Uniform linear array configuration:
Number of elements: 24
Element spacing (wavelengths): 0.75
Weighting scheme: binomial
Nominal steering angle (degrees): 30
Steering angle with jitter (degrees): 29.604
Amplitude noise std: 0.05
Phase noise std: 0.05

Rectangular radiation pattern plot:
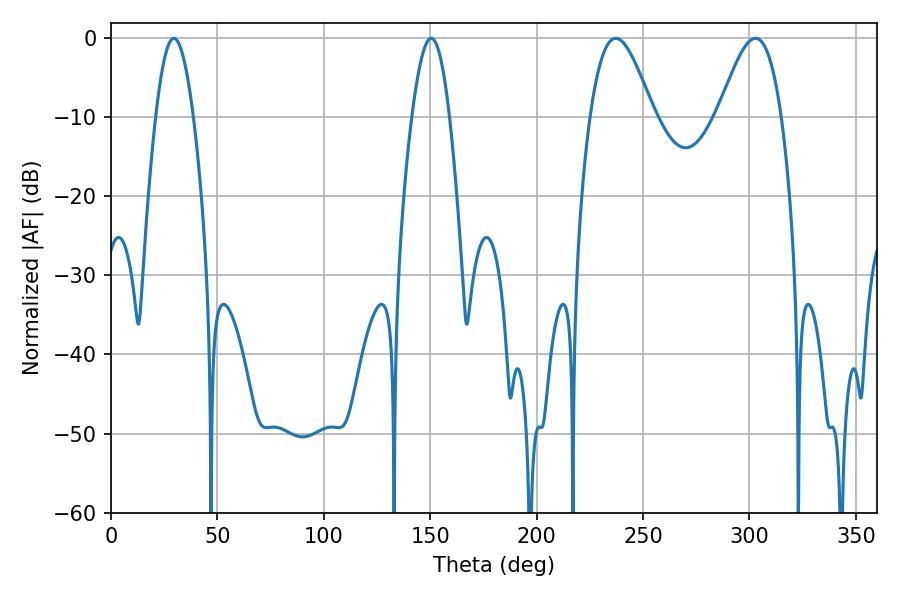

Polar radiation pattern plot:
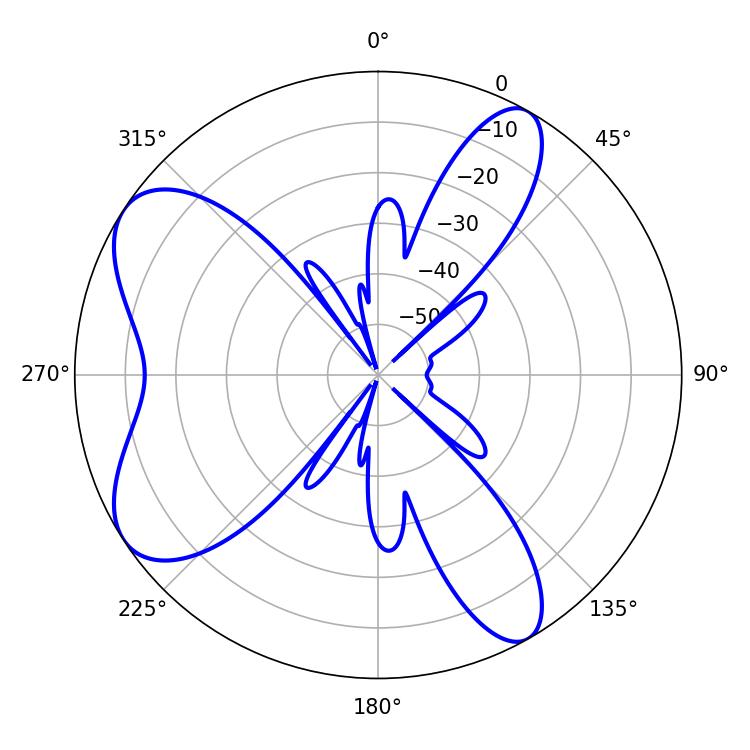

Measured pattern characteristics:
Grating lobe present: TRUE
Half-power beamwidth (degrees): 9.54
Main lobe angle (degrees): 29.52